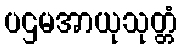
ပဌမအာယုသုတ္တံ